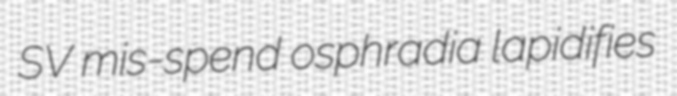
SV mis-spend osphradia lapidifies